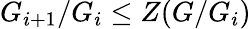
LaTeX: G_{i+1}/G_{i}\leq Z(G/G_{i})